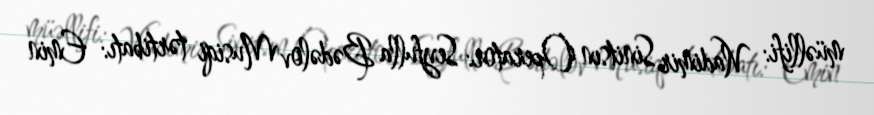
müəllifi: Vladimir Sinitsın Operator: Seyfulla Bədəlov Musiqi tərtibatı: Emin